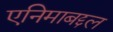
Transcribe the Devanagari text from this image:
एनिमाबद्दल